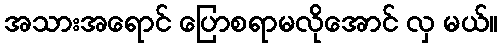
အသားအရောင် ပြောစရာမလိုအောင် လှ မယ်။